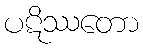
ပဋိဿတော